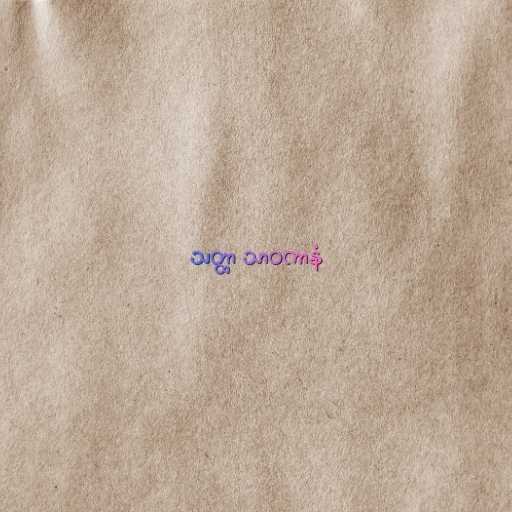
သတ္ထာ သာဝကာနံ